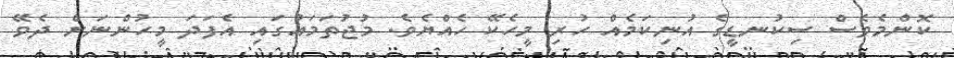
ކޮންމެވެސް ސިކުނޑީގެ އުނިކަމެއް ހުރި މީހެކޭ ހެއްޔެވެ. މުޖުތަމައުގައި އެފަދަ މީހުންނަށް ދެވޭ